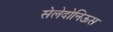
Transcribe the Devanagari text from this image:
सेलेदोनिऊस